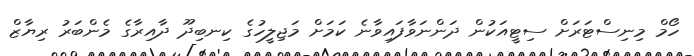
ހޯމް މިނިސްޓަރަށް ސިޓީއަކުން ދަންނަވާފައިވާނެ ކަމަށް މަޖިލީހުގެ ކިނބިދޫ ދާއިރާގެ މެންބަރު ރިޔާޒް